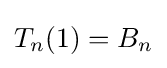
T_{n}(1)=B_{n}